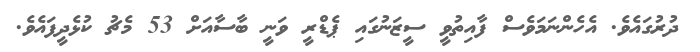
ދުރުގައެވެ. އެހެންނަމަވެސް ފާއިތުވީ ސީޒަނުގައި ޕެޑްރީ ވަނީ ބާސާއަށް 53 މެޗު ކުޅެދީފައެވެ.